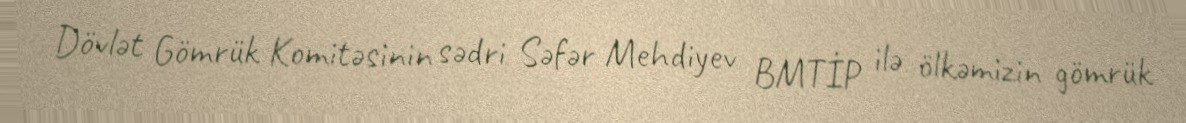
Dövlət Gömrük Komitəsinin sədri Səfər Mehdiyev BMTİP ilə ölkəmizin gömrük